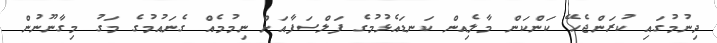
ދިނުމުގައި ކުރަންޖެހޭ ކަންކަން މާލެއިން ކަނޑައެޅުމުގެ ފަލްސަފާއަށް ނިމުމެއް ގެނައުމުގެ މަގު މިގާނޫނުން